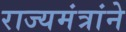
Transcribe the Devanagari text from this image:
राज्यमंत्रांने